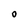
Character: O